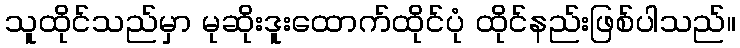
သူထိုင်သည်မှာ မုဆိုးဒူးထောက်ထိုင်ပုံ ထိုင်နည်းဖြစ်ပါသည်။